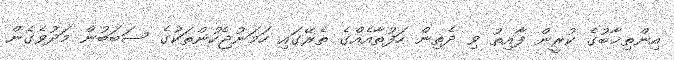
އިންތިޚާބުގެ ކުރީން ފާއިތު ވި ދެތިން ހަފުތާއެއްގެ ތެރޭގައި ހަމަނުޖެހުންތަކުގެ ސަބަބުން މަދުވެގެން